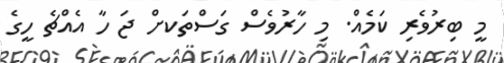
މީ ބިރުވެރި ކަމެއް. މި ހާރުވެސް ގަސްތަކށް ޖަ ހާ އެއްޗެ ހީގެ